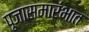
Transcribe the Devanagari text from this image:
पूजासमारंभात